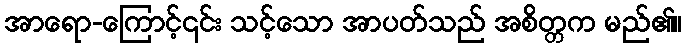
အာရော-ကြောင့်၎င်း သင့်သော အာပတ်သည် အစိတ္တက မည်၏။